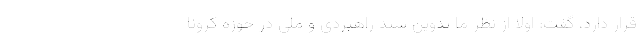
قرار دارد، گفت: اولا از نظر ما تدوین سند راهبردی و ملی در حوزه کرونا